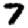
Digit: 7